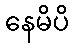
နေမိပိ